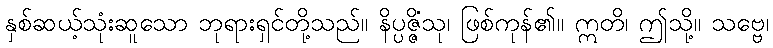
နှစ်ဆယ့်သုံးဆူသော ဘုရားရှင်တို့သည်။ နိပ္ပဇ္ဇိံသု၊ ဖြစ်ကုန်၏။ ဣတိ၊ ဤသို့။ သဗ္ဗေ၊